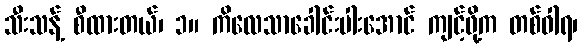
သီးသန့် စီထားတယ်၊ ၁။ ကိလေသာခေါင်းပါးအောင် ကျင့်ဖို့က တစ်ဝါရ၊